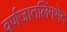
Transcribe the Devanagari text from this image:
वर्णजातलिंगभेद